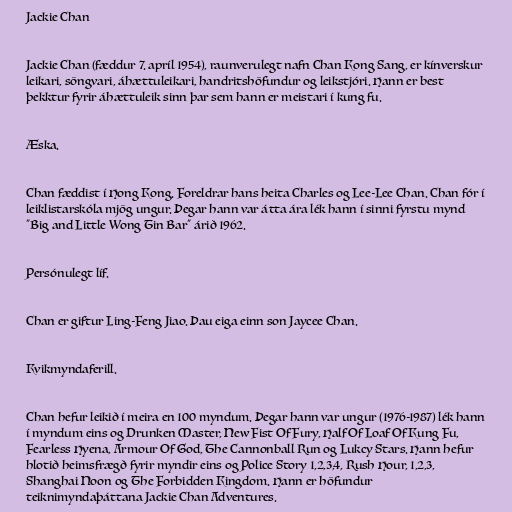
Jackie Chan

Jackie Chan (fæddur 7. apríl 1954), raunverulegt nafn Chan Kong Sang, er kínverskur
leikari, söngvari, áhættuleikari, handritshöfundur og leikstjóri. Hann er best
þekktur fyrir áhættuleik sinn þar sem hann er meistari í kung fu.

Æska.

Chan fæddist í Hong Kong. Foreldrar hans heita Charles og Lee-Lee Chan. Chan fór í
leiklistarskóla mjög ungur. Þegar hann var átta ára lék hann í sinni fyrstu mynd
"Big and Little Wong Tin Bar" árið 1962.

Persónulegt líf.

Chan er giftur Ling-Feng Jiao. Þau eiga einn son Jaycee Chan.

Kvikmyndaferill.

Chan hefur leikið í meira en 100 myndum. Þegar hann var ungur (1976-1987) lék hann
í myndum eins og Drunken Master, New Fist Of Fury, Half Of Loaf Of Kung Fu,
Fearless Hyena, Armour Of God, The Cannonball Run og Lukcy Stars. Hann hefur
hlotið heimsfrægð fyrir myndir eins og Police Story 1,2,3,4, Rush Hour, 1,2,3,
Shanghai Noon og The Forbidden Kingdom. Hann er höfundur
teiknimyndaþáttana Jackie Chan Adventures.